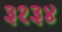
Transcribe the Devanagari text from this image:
३१३४